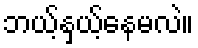
ဘယ့်နှယ့်နေမလဲ။